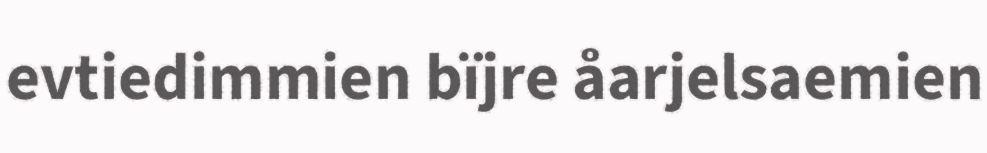
evtiedimmien bïjre åarjelsaemien